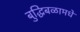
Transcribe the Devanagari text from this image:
बुद्धिबळामधे